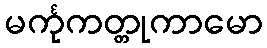
မင်္ကုကတ္တုကာမော